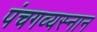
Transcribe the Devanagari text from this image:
पंचगव्यस्नान